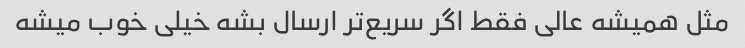
مثل همیشه عالی فقط اگر سریع‌تر ارسال بشه خیلی خوب میشه